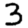
Digit: 3